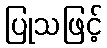
ပြုသဖြင့်